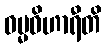
ဓမ္မဝိဟာရီတိ